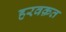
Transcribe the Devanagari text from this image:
हरवक़त